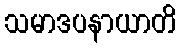
သမာဒပနာယာတိ